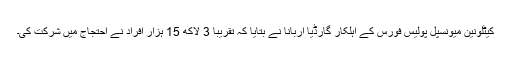
کیٹلونین میونسپل پولیس فورس کے اہلکار گارڈیا اربانا نے بتایا کہ تقریبا 3 لاکھ 15 ہزار افراد نے احتجاج میں شرکت کی۔